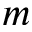
m